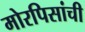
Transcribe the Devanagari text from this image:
मोरपिसांची